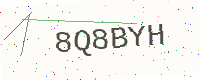
Text: 8Q8BYH